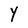
Character: Y